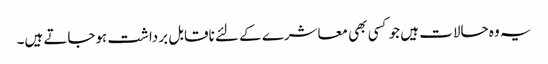
یہ وہ حالات ہیں جو کسی بھی معاشرے کے لئے ناقابل برداشت ہوجاتے ہیں۔